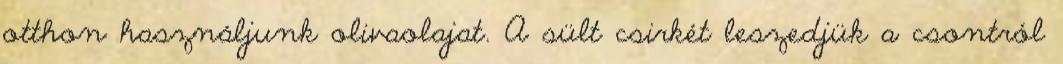
otthon használjunk olivaolajat. A sült csirkét leszedjük a csontról